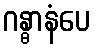
ဂန္ဓာနံပေ